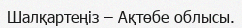
Шалқартеңіз – Ақтөбе облысы.